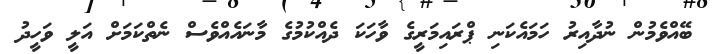
ބޭއްވެމުން ނުދާއިރު ހަމައެކަނި ޕްރައިމަރީގެ ވާހަކަ ދެއްކުމުގެ މާނައެއްވެސް ނެތްކަމަށް އަލީ ވަހީދު